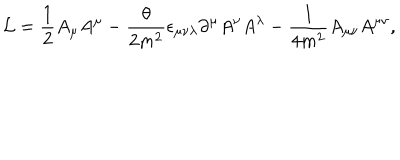
{ \cal L } = { \frac { 1 } { 2 } } A _ { \mu } A ^ { \mu } - { \frac { \theta } { 2 m ^ { 2 } } } \epsilon _ { \mu \nu \lambda } \partial ^ { \mu } A ^ { \nu } A ^ { \lambda } - { \frac { 1 } { 4 m ^ { 2 } } } A _ { \mu \nu } A ^ { \mu \nu } ,